Problem: 8 × 4 = ?
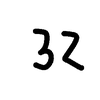
Handwritten answer: 32